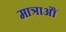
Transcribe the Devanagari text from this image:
मात्राऔं